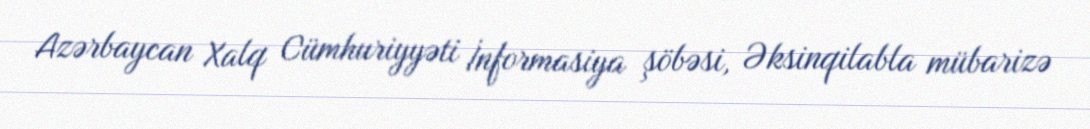
Azərbaycan Xalq Cümhuriyyəti İnformasiya şöbəsi, Əksinqilabla mübarizə